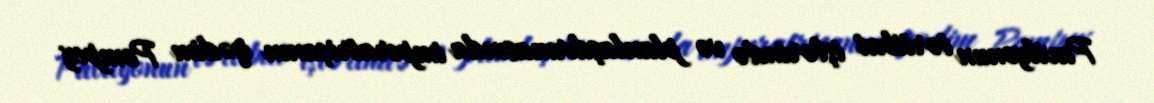
Pavilyonun tərtibat işlərində və planlaşdırmasında imperatriçanın qədim Pompey